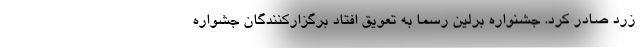
زرد صادر کرد. جشنواره برلین رسما به تعویق افتاد برگزارکنندگان جشواره